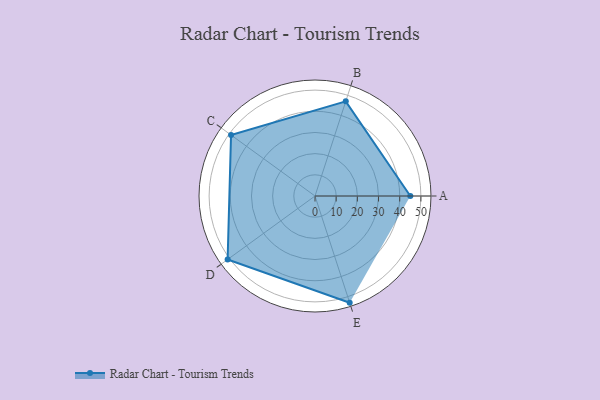
{"axis": {"x": "Skill", "y": "Score"}, "legend": ["Profile"], "data": [{"x": "A", "y": 45.0, "type": "Profile"}, {"x": "B", "y": 47.0, "type": "Profile"}, {"x": "C", "y": 49.0, "type": "Profile"}, {"x": "D", "y": 51.0, "type": "Profile"}, {"x": "E", "y": 53.0, "type": "Profile"}]}